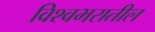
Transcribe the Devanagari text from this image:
विश्वभरातील